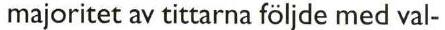
majoritet av tittarna följde med val-